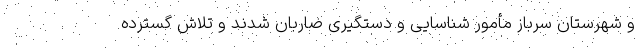
و شهرستان سرباز مأمور شناسایی و دستگیری ضاربان شدند و تلاش گسترده